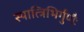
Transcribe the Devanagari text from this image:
स्यात्त्रिभिर्गुणैः